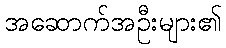
အဆောက်အဦးများ၏